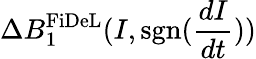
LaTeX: \Delta B_{1}^{\mathrm{FiDeL}}(I,\mathrm{sgn}(\frac{dI}{dt}))